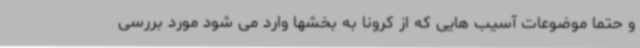
و حتما موضوعات آسیب هایی که از کرونا به بخشها وارد می شود مورد بررسی